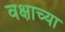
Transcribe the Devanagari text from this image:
वक्षाच्या